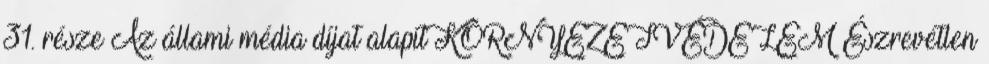
31. része Az állami média díjat alapít KÖRNYEZETVÉDELEM Észrevétlen